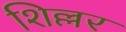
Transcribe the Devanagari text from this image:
शिल्लर